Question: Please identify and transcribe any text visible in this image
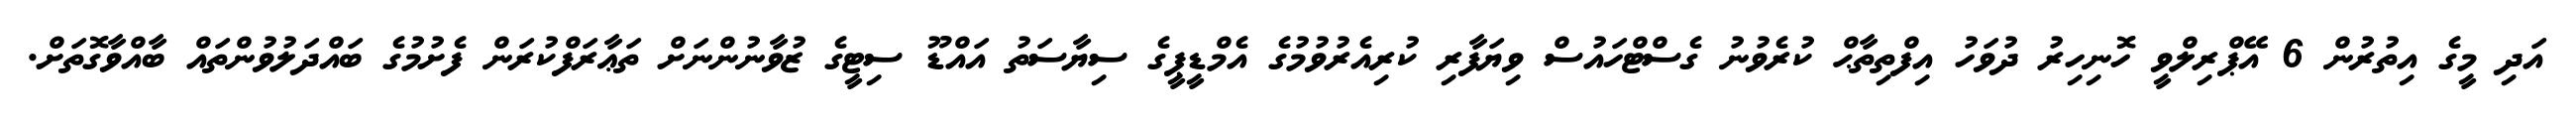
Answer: އަދި މީގެ އިތުރުން 6 އޭޕްރިލްވީ ހޮނިހިރު ދުވަހު އިފްތިތާޙް ކުރެވުނު ގެސްޓްހައުސް ވިޔަފާރި ކުރިއެރުވުމުގެ އެމްޑީޕީގެ ސިޔާސަތު އައްޑޫ ސިޓީގެ ޒުވާނުންނަށް ތަޢާރަފްކުރަން ފެށުމުގެ ބައްދަލުވުންތައް ބާއްވާގޮތަށް.